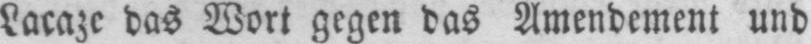
Lacaze das Wort gegen das Amendement und